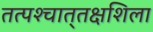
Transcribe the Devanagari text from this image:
तत्पश्‍चात्‌तक्षशिला